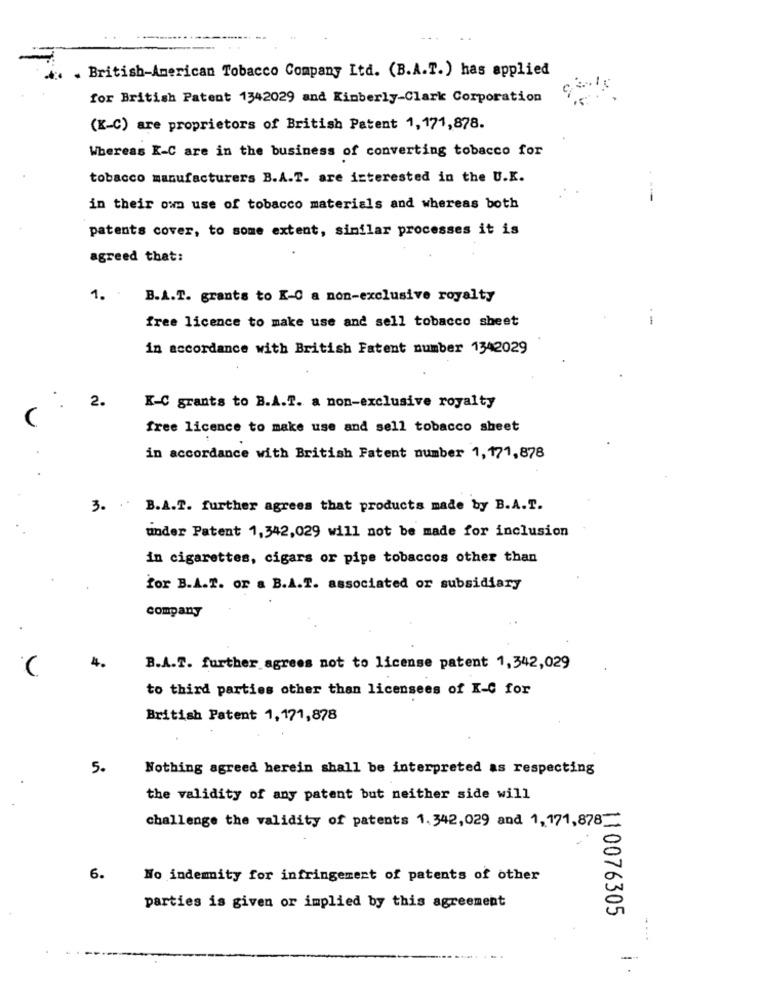
. British-American Tobacco Company Ltd. (B.A.T.) has applied
for British Patent 1342029 and Kimberly-Clark Corporation
(K-C) are proprietors of British Patent 1,171,878.
Whereas K-C are in the business of converting tobacco for
tobacco manufacturers B.A.T. are interested in the U.K.
in their own use of tobacco materials and whereas both
patents cover, to some extent, similar processes it is
agreed that:
1. .
B.A.T. grants to K-C a non-exclusive royalty
free licence to make use and sell tobacco sheet
.-
in accordance with British Fatent number 1342029
2.
K-C grants to B.A.T. a non-exclusive royalty
free licence to make use and sell tobacco sheet
in accordance with British Fatent number 1, 171,878
3.
..
B.A.T. further agrees that products made by B.A.T.
under Patent 1,342,029 will not be made for inclusion
in cigarettes, cigars or pipe tobaccos other than
for B.A.I. or & B.A.T. associated or subsidiary
company
B.A.T. further agrees not to license patent 1,342,029
to third parties other than licensees of K-C for
British Patent 1,171,878
5.
Nothing agreed herein shall be interpreted as respecting
the validity of any patent but neither side will
challenge the validity of patents 1.342,029 and 1, 171,878-
6.
No indemity for infringement of patents of other
parties is given or implied by this agreement
110076305
-